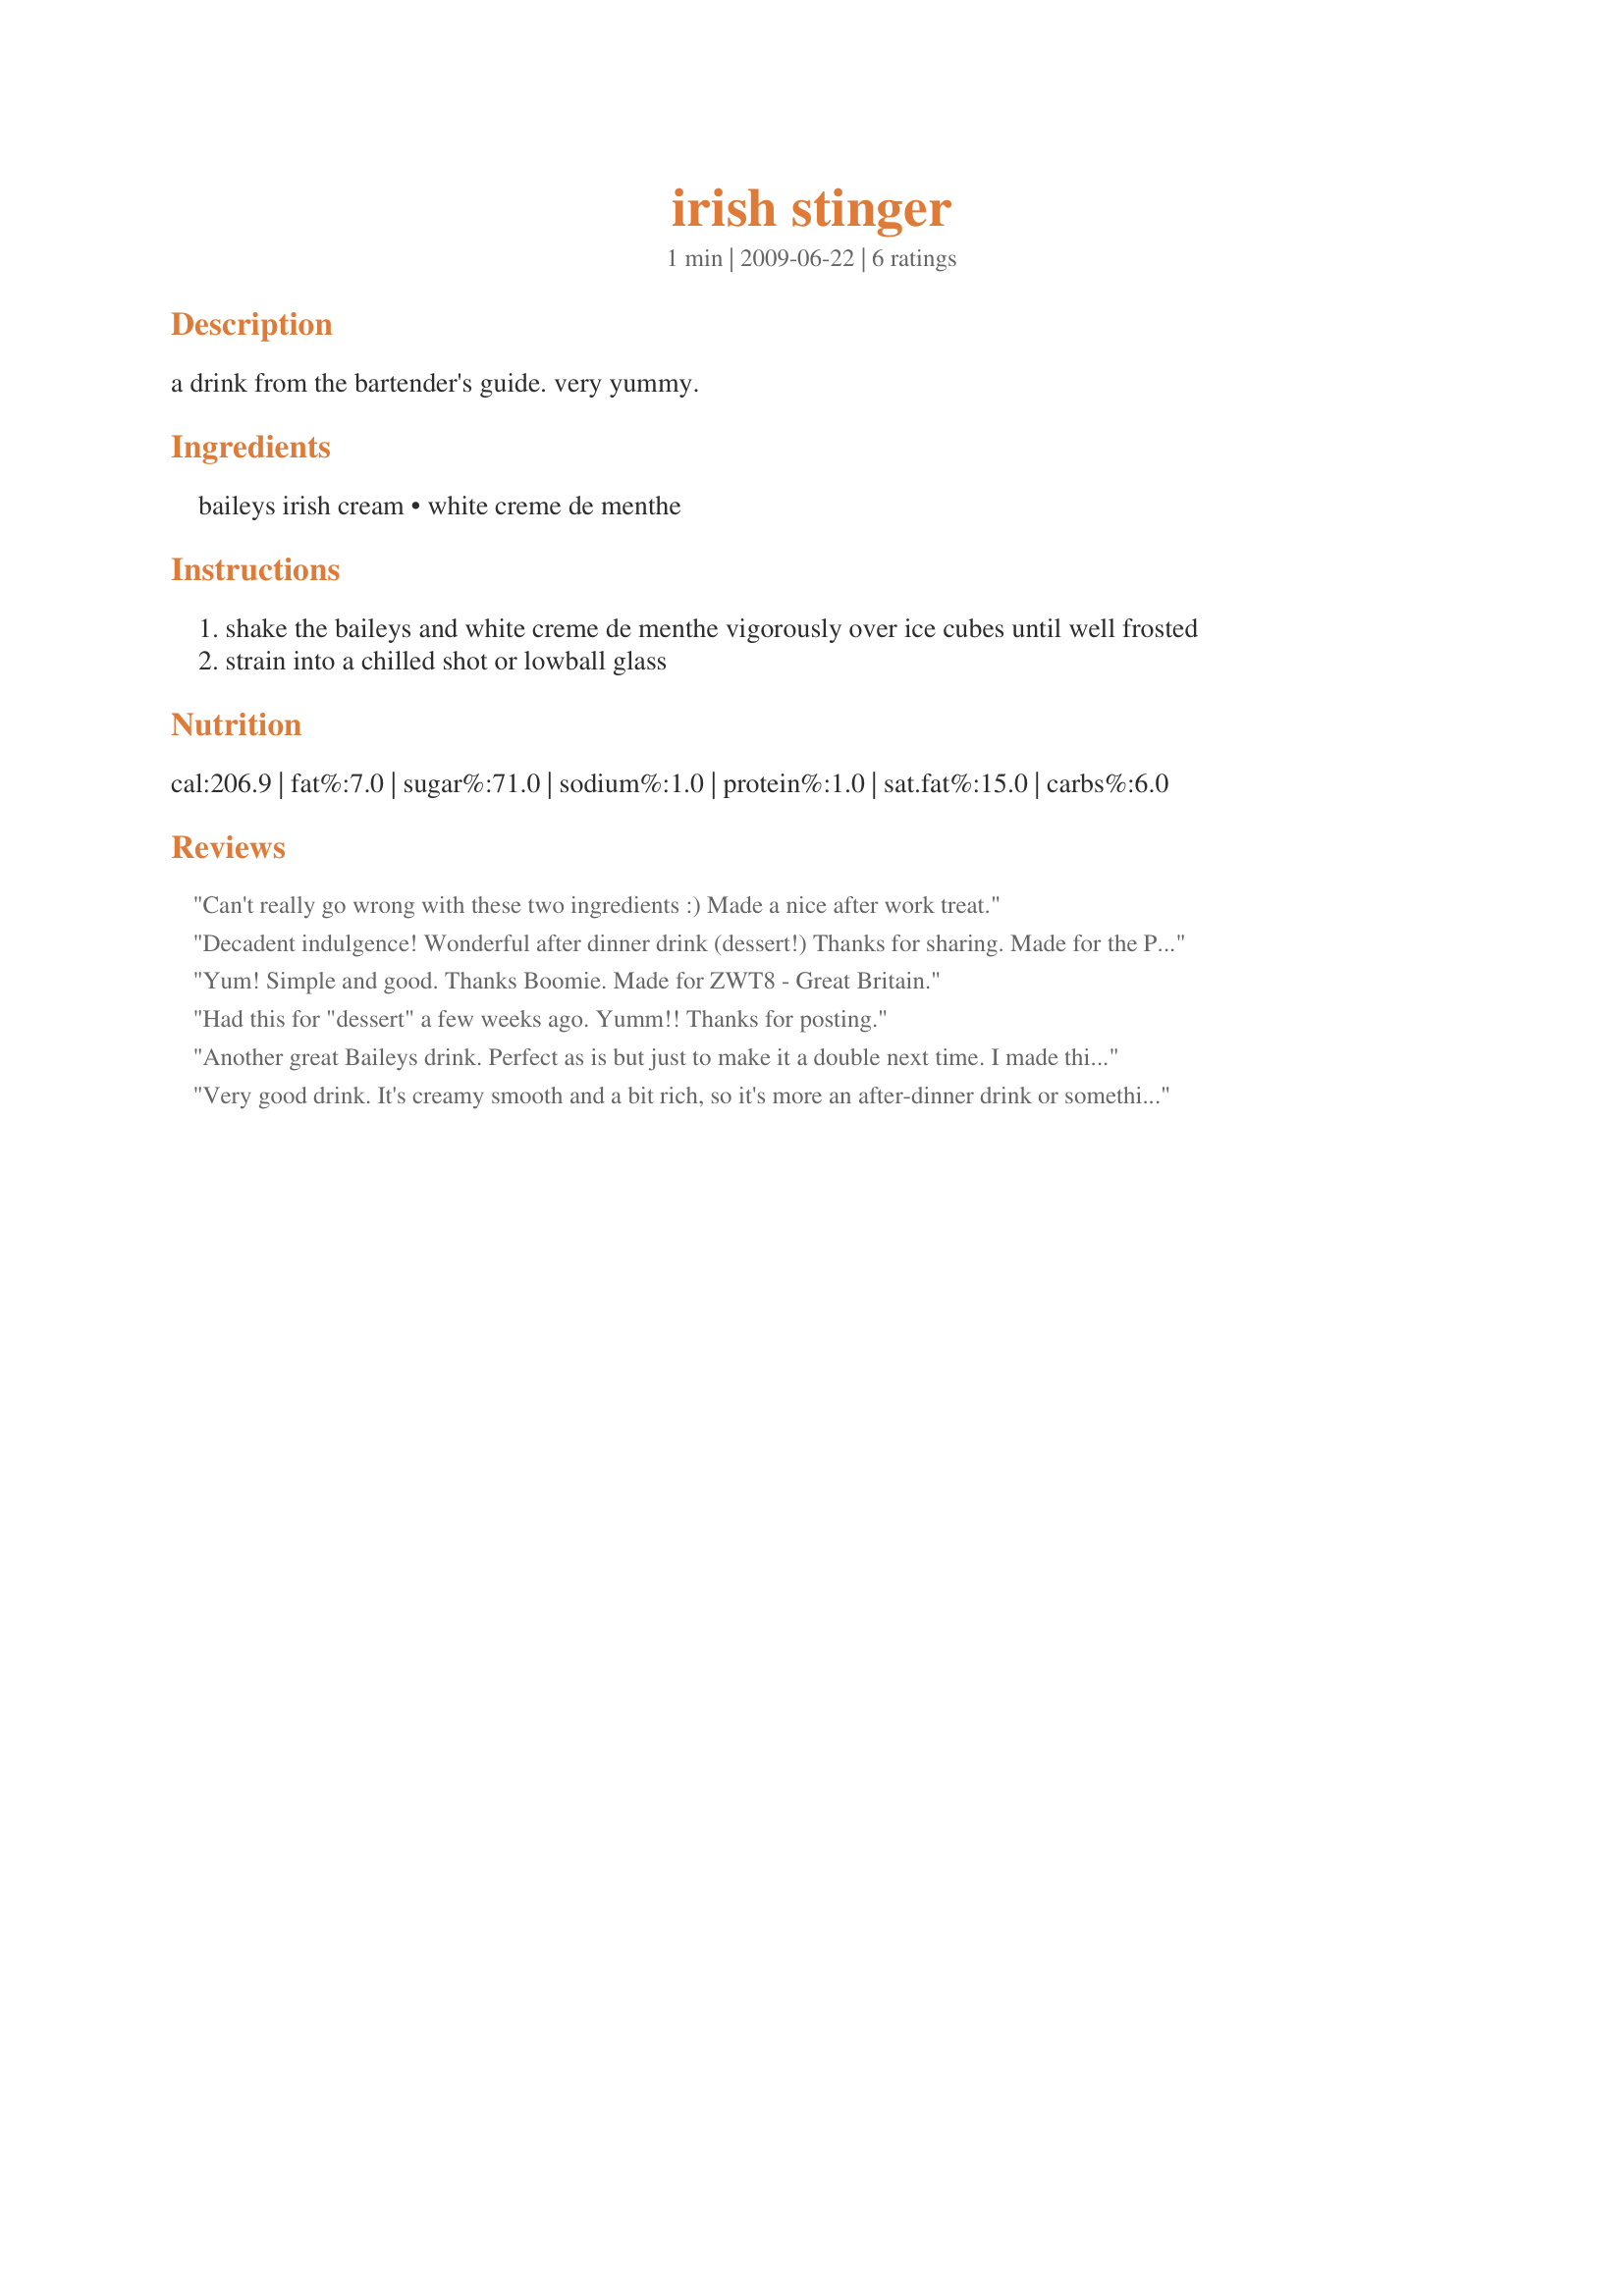
irish stinger
Preparation time: 1 minutes

a drink from the bartender's guide. very yummy.

Ingredients:
baileys irish cream, white creme de menthe

Steps:
shake the baileys and white creme de menthe vigorously over ice cubes until well frosted
strain into a chilled shot or lowball glass

Reviews:
Can't really go wrong with these two ingredients :) Made a nice after work treat.
Decadent indulgence! Wonderful after dinner drink (dessert!) Thanks for sharing. Made for the Pub Crawl during ZWT8.
Yum! Simple and good. Thanks Boomie. Made for ZWT8 - Great Britain.
Had this for "dessert" a few weeks ago. Yumm!! Thanks for posting.
Another great Baileys drink. Perfect as is but just to make it a double next time. I made this for Zaar World Tour 8 for the Bistro Babes team.
Very good drink. It's creamy smooth and a bit rich, so it's more an after-dinner drink or something to slowly sip on while reading a good book or relaxing next to the fire and watching a good movie. Thanks for sharing your recipe, Boomette. Made for ZWT8 - Britain.
